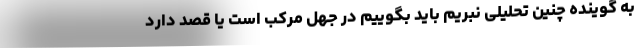
به گوینده چنین تحلیلی نبریم باید بگوییم در جهل مرکب است یا قصد دارد